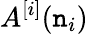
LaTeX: A^{[i]}(\mathtt{n}_{i})